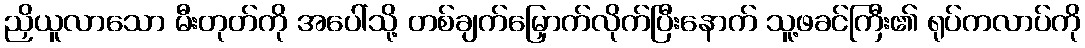
ညှိယူလာသော မီးတုတ်ကို အပေါ်သို့ တစ်ချက်မြှောက်လိုက်ပြီးနောက် သူ့ဖခင်ကြီး၏ ရုပ်ကလာပ်ကို